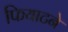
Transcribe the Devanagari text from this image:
फियाटने